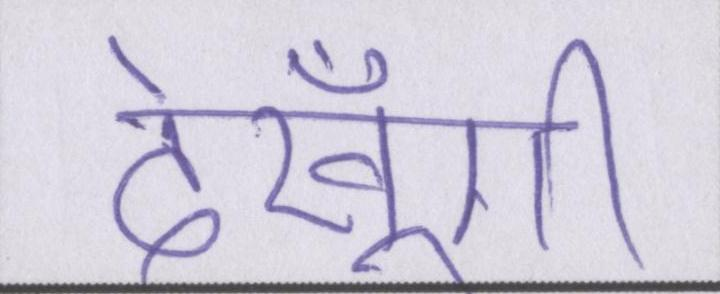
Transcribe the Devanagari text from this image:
देखूँगी